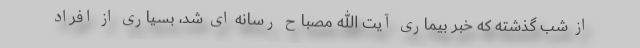
از شب گذشته که خبر بیماری آیت الله مصباح رسانه ای شد، بسیاری از افراد